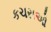
કચરાઓ